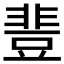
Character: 𰶝